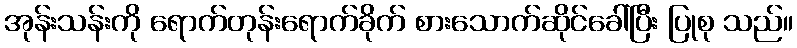
အုန်းသန်းကို ရောက်တုန်းရောက်ခိုက် စားသောက်ဆိုင်ခေါ်ပြီး ပြုစု သည်။